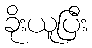
ခိုးယူပြီး